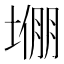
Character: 𫮙